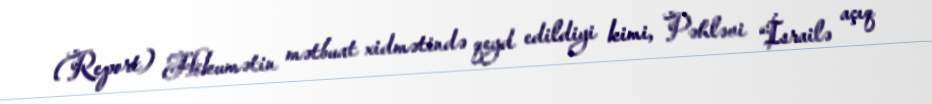
(Report) Hökumətin mətbuat xidmətində qeyd edildiyi kimi, Pəhləvi “İsrailə açıq